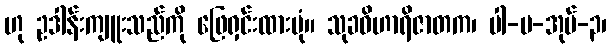
ဟု ဥဒါန်းကျူးသည်ကို ဖြေရှင်းထားပုံ။ သုခဝိဟာရိဇာတက၊ ပါ-ပ-အုပ်-၃၊